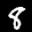
Label: 8